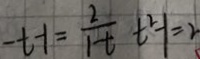
- t - 1 = \frac { 2 } { 1 t } t ^ { 2 } - 1 = 2